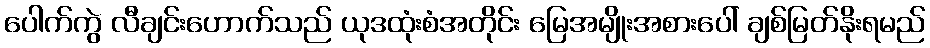
ပေါက်ကွဲ လီချင်းဟောက်သည် ယုဒထုံးစံအတိုင်း မြေအမျိုးအစားပေါ် ချစ်မြတ်နိုးရမည်